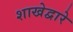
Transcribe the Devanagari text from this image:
शाखेद्वारे